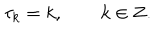
\tau _ { k } = k , \qquad k \in { \bf Z } .